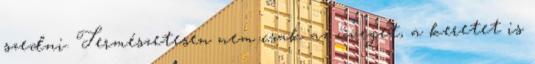
szedni. Természetesen nem csak az üveget, a keretet is